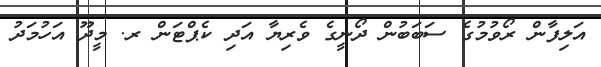
އަލިފާން ރޯވުމުގެ ސަބަބުން ދޯނީގެ ވެރިޔާ އަދި ކެޕްޓަން ރ. މީދޫ އަހުމަދު